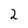
Character: 2